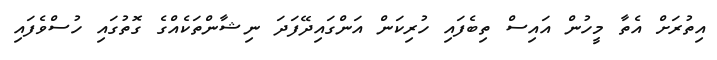
އިތުރަށް އެތާ މީހުން އައިސް ތިބެފައި ހުރިކަން އަންގައިދޭފަދަ ނިޝާންތަކެއްގެ ގޮތުގައި ހުސްވެފައި